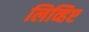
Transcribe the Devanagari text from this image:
लिव्हिए